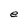
Character: e